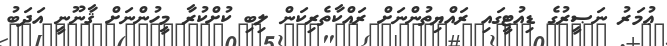
ޢުމަރު ނަޞީރުގެ ޑިއުޓީގައި ރައްޔިތުންނަށް ރައްކާތެރިކަން ލިބި ކުށްކުރާ މީހުންނަށް ޤާނޫނީ އަދަބު